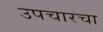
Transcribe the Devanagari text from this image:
उपचारचा